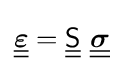
{\underline {\underline {\boldsymbol {\varepsilon }}}}={\underline {\underline {\mathsf {S}}}}~{\underline {\underline {\boldsymbol {\sigma }}}}